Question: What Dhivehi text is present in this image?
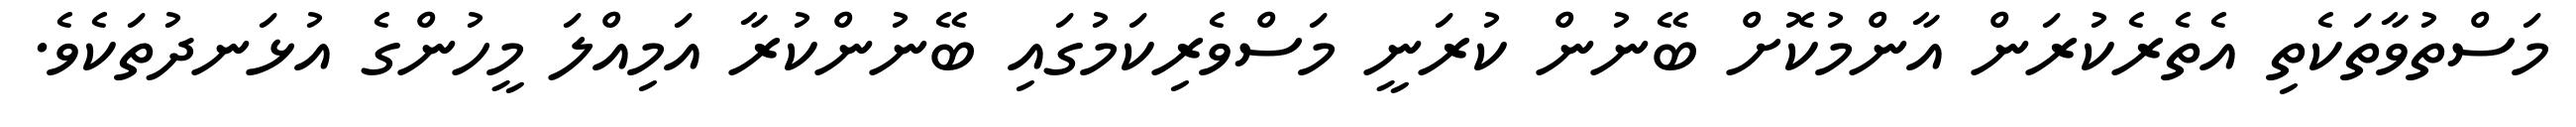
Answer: މަސްތުވާތަކެތި އެތެރެކުރަން އާންމުކޮށް ބޭނުން ކުރަނީ މަސްވެރިކަމުގައި ބޭނުންކުރާ އަމިއްލަ މީހުންގެ އުޅަނދުތަކެވެ.